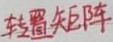
转置矩阵